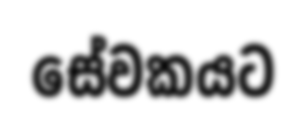
සේවකයට